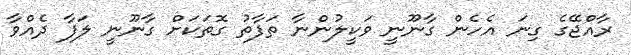
ރާއްޖޭގެ ގިނަ އެހެން ގާނޫނީ ވަކީލުންނާ ތަފާތު ގޮތަކަށް ގާނޫނީ ލަފާ ދެއްވާ